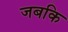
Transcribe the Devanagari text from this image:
जबकि